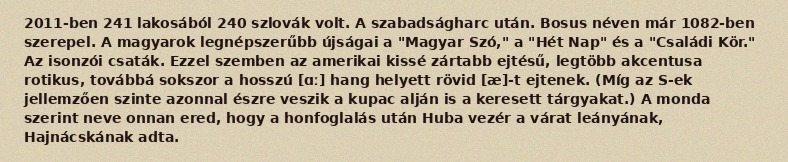
2011-ben 241 lakosából 240 szlovák volt. A szabadságharc után. Bosus néven már 1082-ben szerepel. A magyarok legnépszerűbb újságai a "Magyar Szó," a "Hét Nap" és a "Családi Kör." Az isonzói csaták. Ezzel szemben az amerikai kissé zártabb ejtésű, legtöbb akcentusa rotikus, továbbá sokszor a hosszú [ɑː] hang helyett rövid [æ]-t ejtenek. (Míg az S-ek jellemzően szinte azonnal észre veszik a kupac alján is a keresett tárgyakat.) A monda szerint neve onnan ered, hogy a honfoglalás után Huba vezér a várat leányának, Hajnácskának adta.